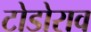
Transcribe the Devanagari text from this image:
टोडोराव